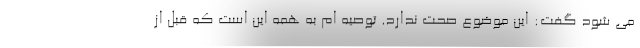
می شود گفت: این موضوع صحت ندارد. توصیه ام به همه این است که قبل از